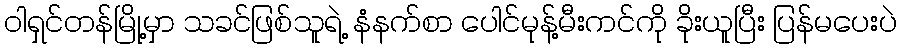
ဝါရှင်တန်မြို့မှာ သခင်ဖြစ်သူရဲ့ နံနက်စာ ပေါင်မုန့်မီးကင်ကို ခိုးယူပြီး ပြန်မပေးပဲ